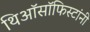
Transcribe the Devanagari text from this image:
थिऑसॉफिस्टांनी